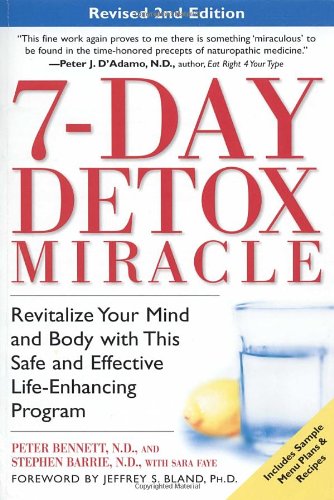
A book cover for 7-Day Detox Miracle, Revised 2nd Edition: Revitalize Your Mind and Body with This Safe and Effective Life-Enhancing Program; Peter Bennett N.D.; Health, Fitness & Dieting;